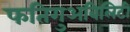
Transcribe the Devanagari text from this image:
फतिगुअबिलिटी